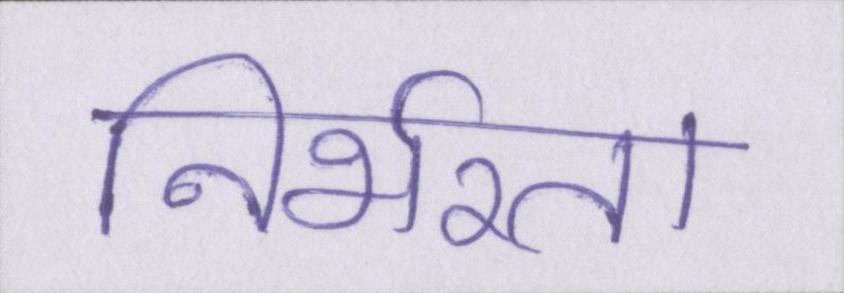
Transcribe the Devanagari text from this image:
निर्भरता